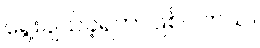
ရွေးချယ်ခဲ့ရတာဖြစ်ပါတယ်။